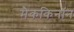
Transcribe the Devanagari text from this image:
मैककिनॉन